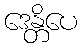
ဒေန္တိပေ